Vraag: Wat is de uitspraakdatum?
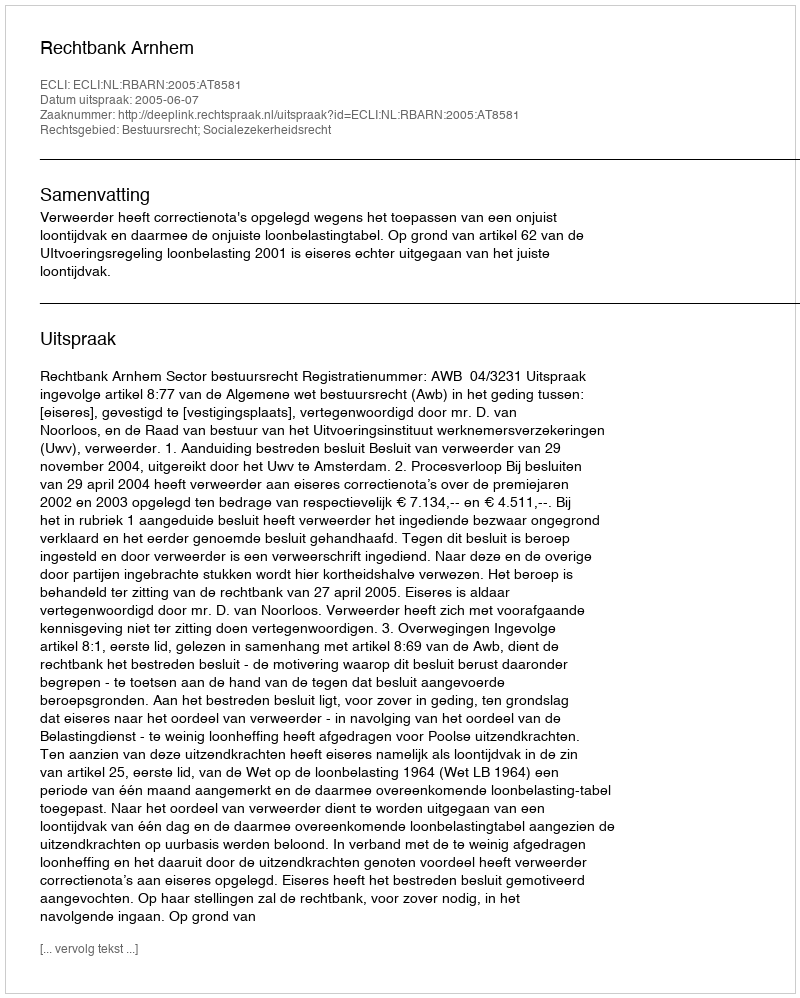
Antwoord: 2005-06-07